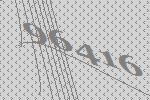
96416